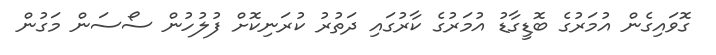
ގޮވައިގެން އުމަރުގެ ބޮޑީގާޑު އުމަރުގެ ކާރުގައި ދަތުރު ކުރަނިކޮށް ފުލުހުން ސޯސަން މަގުން